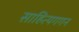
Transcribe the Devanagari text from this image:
साहित्यगगन